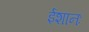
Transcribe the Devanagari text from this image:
ईशानः